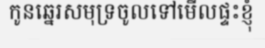
កូនឆ្នេរសមុទ្រចូលទៅមើលផ្ទះខ្ញុំ